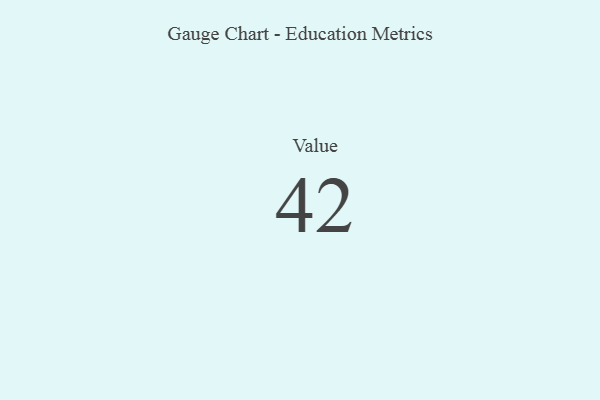
{"axis": {"x": "Metric", "y": "Value"}, "legend": [""], "data": [{"x": "Value", "y": 42, "type": ""}]}